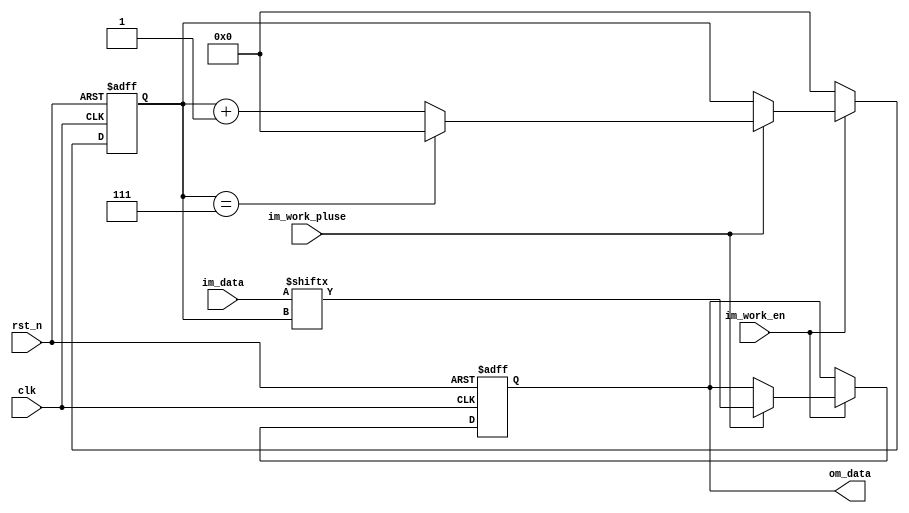
module L3_8to1_send(
	input clk,
	input rst_n,
	
	input im_work_en,
	
	input im_work_pluse,
	input [7:0] im_data,
	output reg om_data
);
	reg [3:0] bite_cnt;
always@(posedge clk or negedge rst_n)begin
	if(!rst_n)begin
		om_data<=1'b1;
		bite_cnt<=1'b0;
	end
	else if(!im_work_en)begin
		bite_cnt<=1'b0;
	end
	else if(im_work_pluse)begin
		om_data<=im_data[bite_cnt];

		if(bite_cnt==3'd7)
		bite_cnt<=3'd0;
		else
		bite_cnt<=bite_cnt+1'b1;
	end
end

endmodule